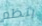
ينظم